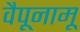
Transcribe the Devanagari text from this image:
वैपूनामू